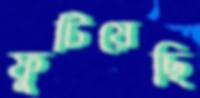
ফুটিয়েছি